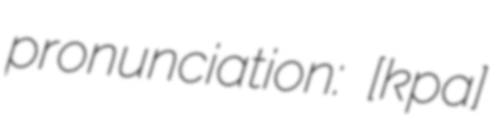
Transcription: pronunciation: [kɑ̃paɲ]